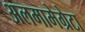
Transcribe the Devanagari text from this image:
अलमामेग्रेटा